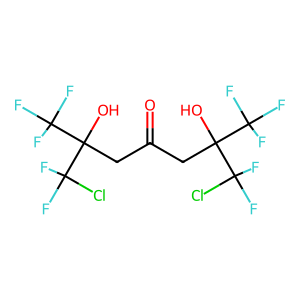
SMILES: O=C(CC(O)(C(F)(F)F)C(F)(F)Cl)CC(O)(C(F)(F)F)C(F)(F)Cl
Inhibits HIV replication: No